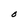
Character: O